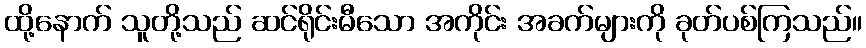
ထို့နောက် သူတို့သည် ဆင်ရိုင်းမီသော အကိုင်း အခက်များကို ခုတ်ပစ်ကြသည်။